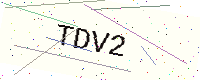
Text: TDV2